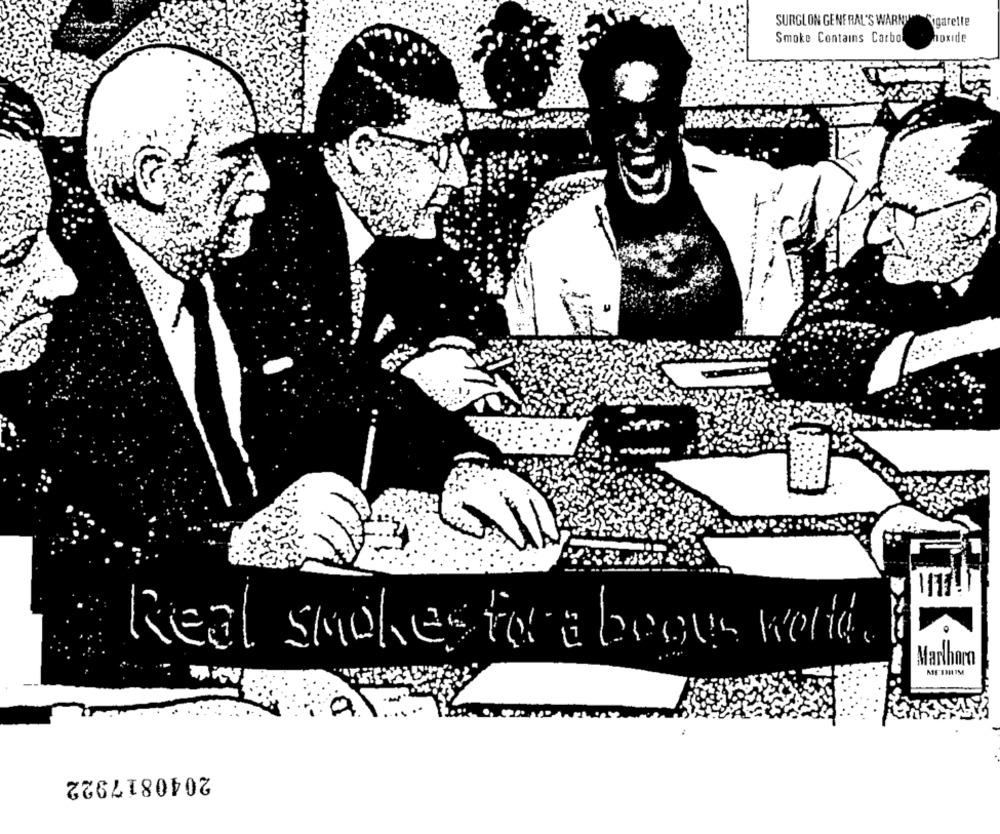
SURGLON GENERAL'S WARN
ogarelle
Smoke Contains Carbo
hoxide
Real smches for a boous wel.
Marlhorn
2040817922